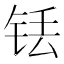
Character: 铥